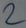
Text: 2